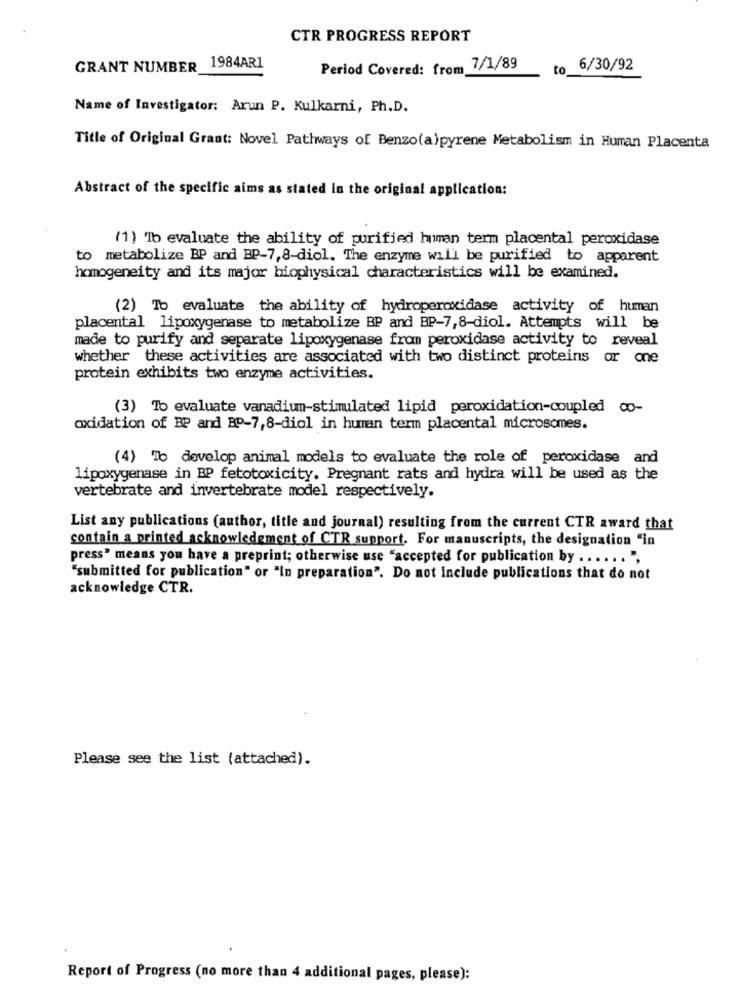
CTR PROGRESS REPORT
GRANT NUMBER 1984AR1
Period Covered: from 7/1/89
6/30/92
Name of Investigator: Arun P. Kulkarni, Ph.D.
Title of Original Grant: Novel Pathways of Benzo(a)pyrene Metabolism in Human Placenta
Abstract of the specific aims as stated in the original application:
(1) Tb evaluate the ability of purified human term placental peroxidase
to metabolize BP and BP-7,8-diol. The enzyme will be purified to apparent
homogeneity and its major biophysical characteristics will be examined.
(2) To evaluate the ability of hydroperoxidase activity of human
placental lipoxygenase to metabolize BP and BP-7,8-diol. Attempts will be
made to purify and separate lipoxygenase from peroxidase activity to reveal
whether these activities are associated with two distinct proteins or one
protein exhibits two enzyme activities.
(3) To evaluate vanadium-stimulated lipid peroxidation-coupled co-
oxidation of BP and BP-7,8-diol in human term placental microsomes.
(4) To develop animal models to evaluate the role of peroxidase and
lipoxygenase in BP fetotoxicity. Pregnant rats and hydra will be used as the
vertebrate and invertebrate model respectively.
List any publications (author, title and journal) resulting from the current CTR award that
contain a printed acknowledgment of CTR support. For manuscripts, the designation "in
press" means you have a preprint; otherwise use "accepted for publication by ...... ",
"submitted for publication" or "In preparation". Do not Include publications that do not
acknowledge CTR.
Please see the list (attached).
Report of Progress (no more than 4 additional pages, please):